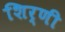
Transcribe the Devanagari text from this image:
शिर्णी